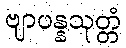
ဗျာပန္နသုတ္တံ